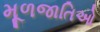
મૂળજાતિઓ